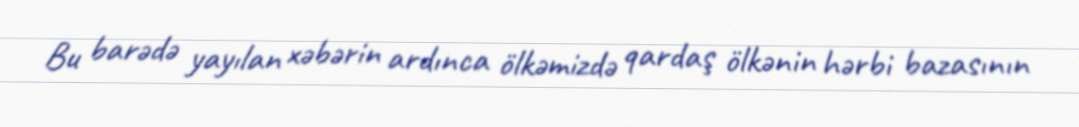
Bu barədə yayılan xəbərin ardınca ölkəmizdə qardaş ölkənin hərbi bazasının